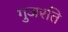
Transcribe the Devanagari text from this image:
गुजरति